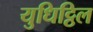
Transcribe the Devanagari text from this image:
युधिट्ठिल